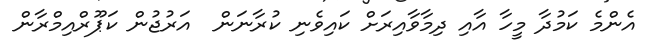
އެންމެ ކަމުދާ މީހާ އާއި ދިމާވާއިރަށް ކައިވެނި ކުރާނަން  އަރުޖުން ކަޕޫރްއިމްރާން